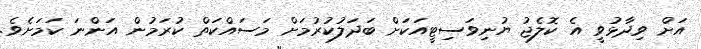
އަށް ވިދާޅުވީ އެ ކޮލެޖު ޔުނިވަސިޓީއަކަށް ބަދަލުކުރުމަށް މަސައްކަތް ކުރަމުން އަންނަ ކަމަށެވެ.